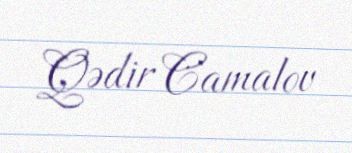
Qədir Camalov